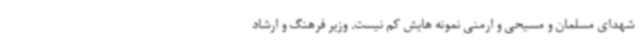
شهدای مسلمان و مسیحی و ارمنی نمونه هایش کم نیست.‌ وزیر فرهنگ و ارشاد